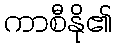
ကာစီနို၏